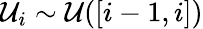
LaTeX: \mathcal{U}_{i}\sim\mathcal{\mathcal{U}}([i-1,i])